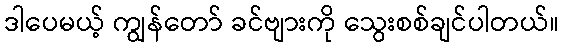
ဒါပေမယ့် ကျွန်တော် ခင်ဗျားကို သွေးစစ်ချင်ပါတယ်။